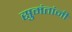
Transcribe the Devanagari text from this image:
सुमंतांनी